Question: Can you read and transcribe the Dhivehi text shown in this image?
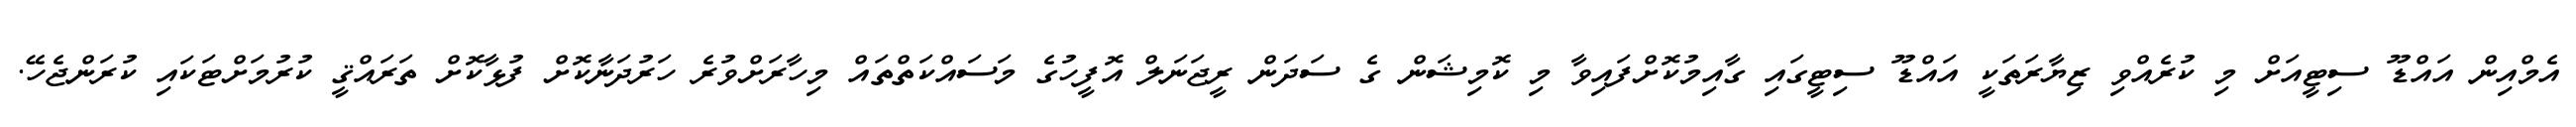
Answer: އެމްއިން އައްޑޫ ސިޓީއަށް މި ކުރެއްވި ޒިޔާރަތަކީ އައްޑޫ ސިޓީގައި ގާއިމުކޮށްފައިވާ މި ކޮމިޝަން ގެ ސަދަން ރީޖަނަލް އޮފީހުގެ މަސައްކަތްތައް މިހާރަށްވުރެ ހަރުދަނާކޮށް ފުޅާކޮށް ތަރައްޤީ ކުރުމަށްޓަކައި ކުރަންޖެހޭ.